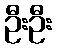
ဦးဦး